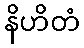
နိဟိတံ